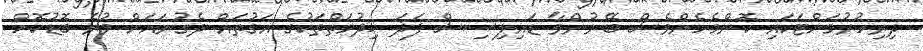
ދިރިހުރުމަށްޓަކައި ކޮންމެހެންވެސް ބޭނުންވާ ޑައިލިސިސް ފަދަ ޚިދުމަތްތަކުގެ އަގުތައް ދެގުނައަށް ވުރެ ބޮޑުކޮށް